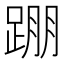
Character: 𨂃